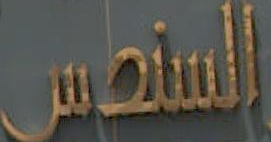
السندس